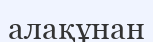
алақұнан